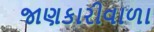
જાણકારીવાળા